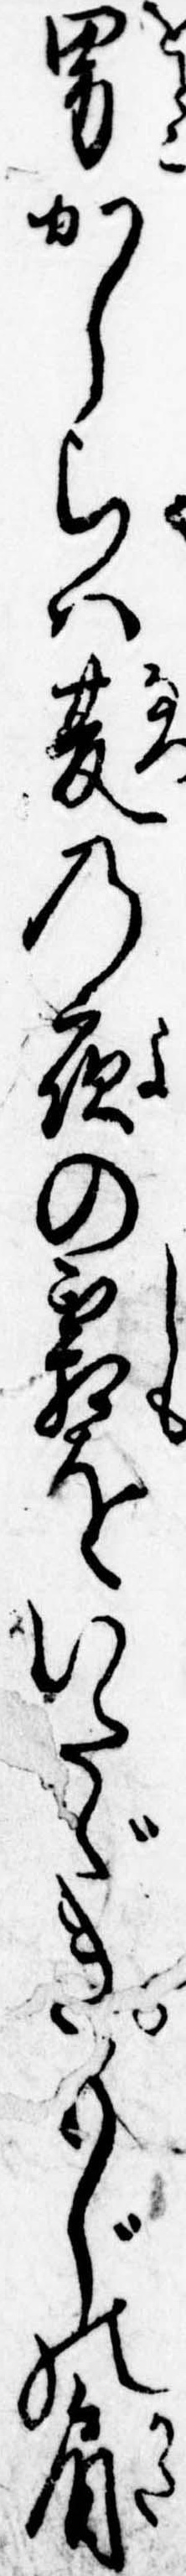
男かしらは夏の夜の霜をいたゞきもじの肩